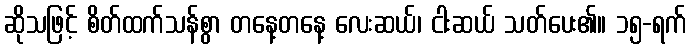
ဆိုသဖြင့် စိတ်ထက်သန်စွာ တနေ့တနေ့ လေးဆယ်၊ ငါးဆယ် သတ်ပေး၏။ ၁၅-ရက်